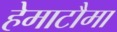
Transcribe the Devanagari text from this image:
हेमाटौमा